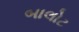
બાલોટ